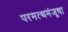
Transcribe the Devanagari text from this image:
परमत्थमंजूषा